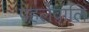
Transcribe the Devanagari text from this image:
पहलेवालि